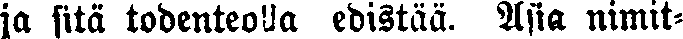
ja sitä todenteolla ebistää. Asia nimit-